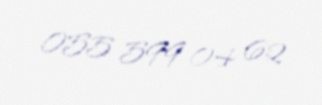
055 599 04 62